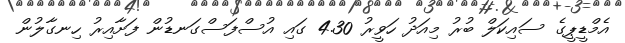
އެމްޑީޕީގެ ސައިކަލް ބުރު މިއަދު ހަވީރު 4.30 ގައި އުސްފަސްގަނޑުން ފަށާއިރު ހިނގާލުން